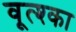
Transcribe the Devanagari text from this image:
वूत्श्का